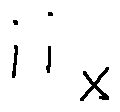
i i _ { x }